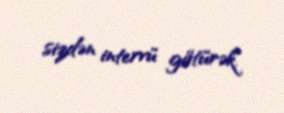
sizdən intervü götürək.